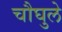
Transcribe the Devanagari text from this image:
चौघुले